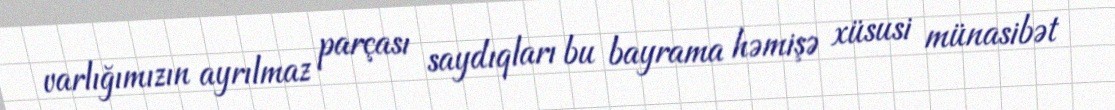
varlığımızın ayrılmaz parçası saydıqları bu bayrama həmişə xüsusi münasibət